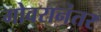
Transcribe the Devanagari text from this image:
गोवरानंतर